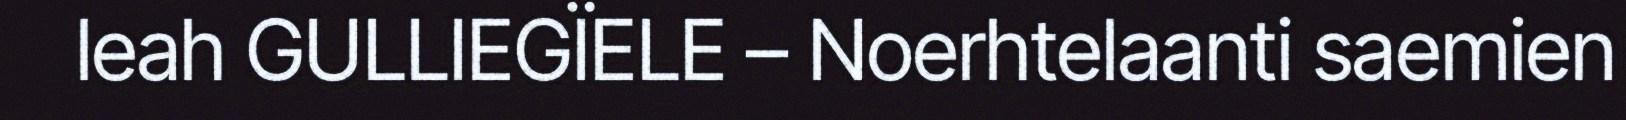
leah GULLIEGÏELE – Noerhtelaanti saemien